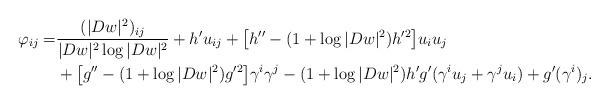
LaTeX: \begin{align*}\varphi_{ij}=&\frac{(|Dw|^2)_{ij}}{|Dw|^2\log|Dw|^2}+h'u_{ij}+\big[h''-(1+\log|Dw|^2)h'^2\big]u_iu_j\\&+\big[g''-(1+\log|Dw|^2)g'^2\big]\gamma^i\gamma^j-(1+\log|Dw|^2)h'g'(\gamma^iu_j+\gamma^ju_i)+g'(\gamma^i)_j.\end{align*}